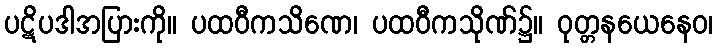
ပဋိပဒါအပြားကို။ ပထဝီကသိဏေ၊ ပထဝီကသိုဏ်၌။ ဝုတ္တနယေနေဝ၊